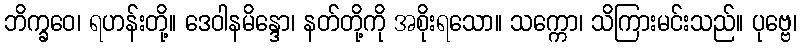
ဘိက္ခဝေ၊ ရဟန်းတို့။ ဒေဝါနမိန္ဒော၊ နတ်တို့ကို အစိုးရသော။ သက္ကော၊ သိကြားမင်းသည်။ ပုဗ္ဗေ၊